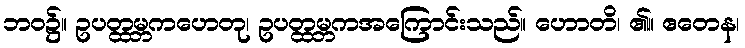
ဘဝ၌။ ဥပတ္ထမ္ဘကဟေတု၊ ဥပတ္ထမ္ဘကအကြောင်းသည်။ ဟောတိ၊ ၏။ ဧတေန၊